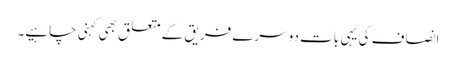
انصاف کی یہی بات دوسرے فریق کے متعلق بھی کہنی چاہیے۔